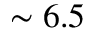
\sim 6 . 5